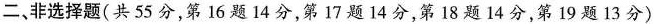
二，非选择题(共55分，第16题14分，第17题14分，第18题14分，第19题13分)